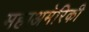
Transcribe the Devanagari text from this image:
महाअमेरिकी